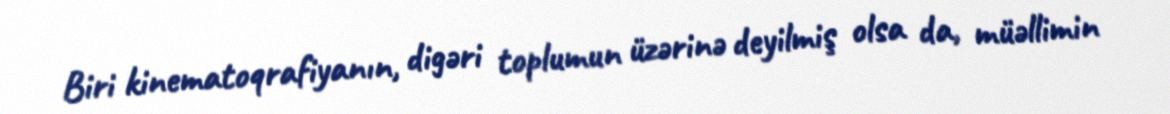
Biri kinematoqrafiyanın, digəri toplumun üzərinə deyilmiş olsa da, müəllimin